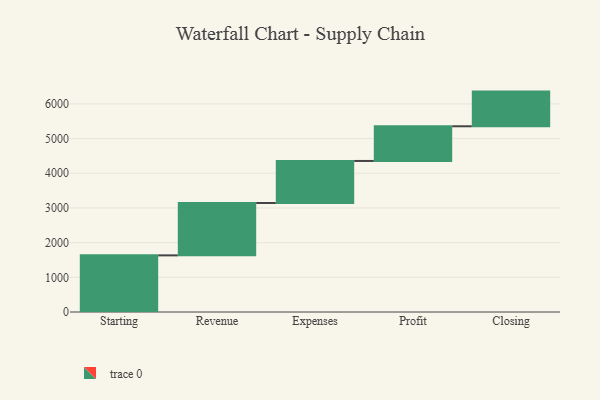
{"axis": {"x": "Step", "y": "Value"}, "legend": [""], "data": [{"x": "Starting", "y": 1633.0, "type": ""}, {"x": "Revenue", "y": 1510.0, "type": ""}, {"x": "Expenses", "y": 1212.0, "type": ""}, {"x": "Profit", "y": 1000, "type": ""}, {"x": "Closing", "y": 1000, "type": ""}]}